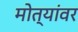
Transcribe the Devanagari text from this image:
मोत्यांवर